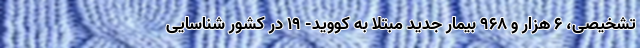
تشخیصی، ۶ هزار و ۹۶۸ بیمار جدید مبتلا به کووید- ۱۹ در کشور شناسایی